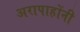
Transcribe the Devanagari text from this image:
अरापाहोंनी